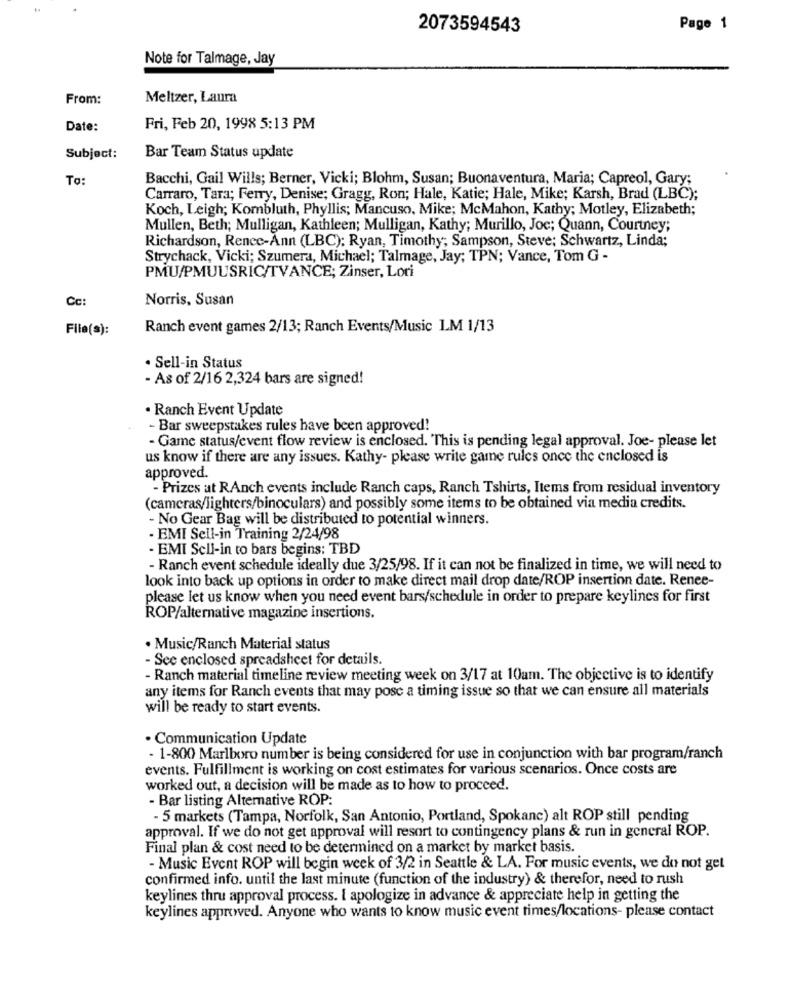
2073594543
Page 1
Note for Talmage, Jay
From:
Meltzer, Laura
Date:
Fri, Feb 20, 1998 5:13 PM
Subject:
Bar Team Status update
To:
Bacchi, Gail Wills; Berner, Vicki; Blohm, Susan; Buonaventura, Maria; Capreol, Gary;
Carraro, Tara; Ferry, Denise; Gragg, Ron; Hale, Katie; Hale, Mike; Karsh, Brad (LBC);
Koch, Leigh; Kombluth, Phyllis; Mancuso, Mike; McMahon, Kathy; Motley, Elizabeth;
Mullen, Beth; Mulligan, Kathleen; Mulligan, Kathy; Murillo, Joc; Quann, Courtney;
Richardson, Renee-Ann (LBC): Ryan, Timothy; Sampson, Steve; Schwartz, Linda;
Strychack, Vicki; Szumera, Michael; Talmage, Jay; TPN; Vance, Tom G -
PMU/PMUUSRIC/TVANCE; Zinser, Lori
Cc:
Norris, Susan
File(s):
Ranch event games 2/13; Ranch Events/Music LM 1/13
· Sell-in Status
- As of 2/16 2,324 bars are signed!
· Ranch Event Update
- Bar sweepstakes rules have been approved!
- Game status/event flow review is enclosed. This is pending legal approval. Joe- please let
us know if there are any issues. Kathy- please write game rules once the enclosed is
approved.
- Prizes at RAnch events include Ranch caps, Ranch Tshirts, Items from residual inventory
(cameras/lighters/binoculars) and possibly some items to be obtained via media credits.
- No Gear Bag will be distributed to potential winners.
- EMI Sell-in Training 2/24/98
- EMI Sell-in to bars begins: TBD
- Ranch event schedule ideally due 3/25/98. If it can not be finalized in time, we will need to
look into back up options in order to make direct mail drop date/ROP insertion date. Renee-
please let us know when you need event bars/schedule in order to prepare keylines for first
ROP/alternative magazine insertions.
· Music/Ranch Material status
- See enclosed spreadsheet for details.
- Ranch material timeline review meeting week on 3/17 at 10am. The objective is to identify
any items for Ranch events that may pose a timing issue so that we can ensure all materials
will be ready to start events.
. Communication Update
- 1-800 Marlboro number is being considered for use in conjunction with bar program/ranch
events. Fulfillment is working on cost estimates for various scenarios. Once costs are
worked out, a decision will be made as to how to proceed.
- Bar listing Alternative ROP:
- 5 markets (Tampa, Norfolk, San Antonio, Portland, Spokanc) alt ROP still pending
approval. If we do not get approval will resort to contingency plans & run in general ROP.
Final plan & cost need to be determined on a market by market basis.
- Music Event ROP will begin week of 3/2 in Seattle & LA. For music events, we do not get
confirmed info. until the last minute (function of the industry) & therefor, need to rush
keylines thru approval process. I apologize in advance & appreciate help in getting the
keylines approved. Anyone who wants to know music event times/locations- please contact